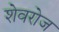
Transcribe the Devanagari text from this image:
शेवरोज